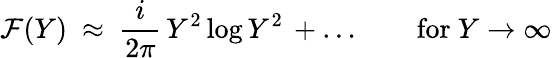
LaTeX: {\cal F}(Y)~\approx~\frac{i}{2\pi}\, Y^{2}\log{Y^{2}}\, +\ldots\qquad\mathrm{for~}Y\to\infty